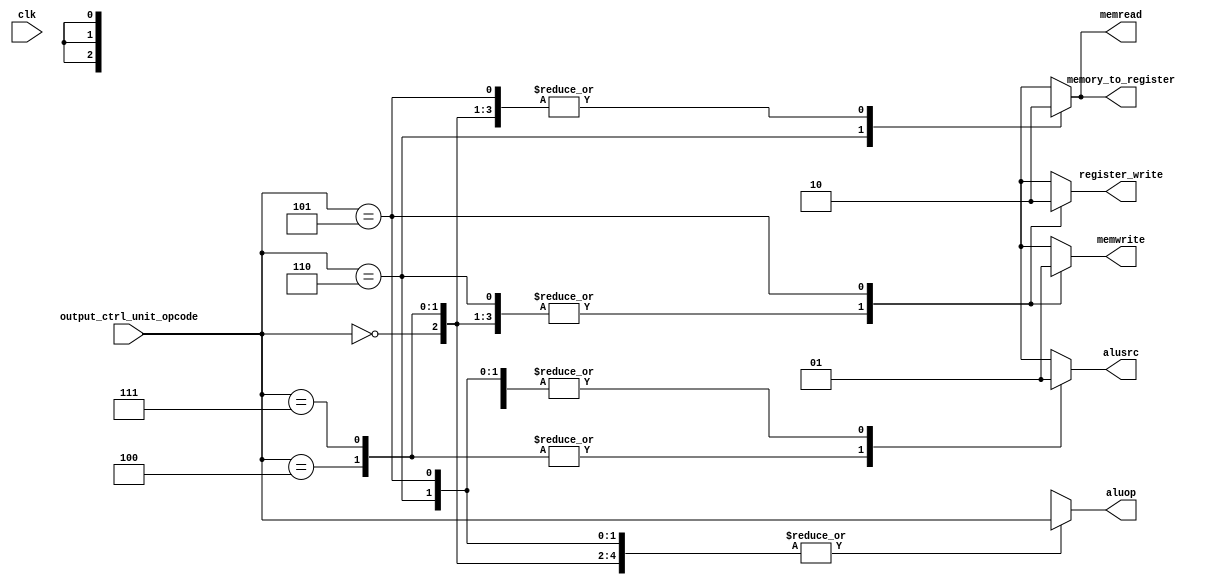
`timescale 1ns / 1ps

module control_unit(
    input clk,
    input [2:0] output_ctrl_unit_opcode,
    //output reg register_destination,   // we need to change if this doesnt work from [0] to just output reg register_destination
    output reg register_write,
    output reg memory_to_register,
    output reg [2:0] aluop,
    output reg memread,
    output reg memwrite,
    output reg alusrc
);

//initial begin
//    //register_destination = 1'b0;
//    register_write = 1'b0;
//    aluop = 3'b000; 
//    memread = 1'b0;
//    memwrite = 1'b0;
//    memory_to_register = 1'b0;
//    alusrc = 1'b0;
//end

always @(*) begin
    case(output_ctrl_unit_opcode[2:0]) 
    // ADD
        3'b000:
            begin
                //register_destination = 1'b0;
			    register_write = 1'b1;
                aluop = output_ctrl_unit_opcode; 
                memread = 1'b0;
                memwrite = 1'b0;
			    memory_to_register = 1'b0;
			    alusrc = 1'b1;
            end
        //ADDI
         3'b100:
            begin
                //register_destination = 1'b0;
			    register_write = 1'b1;
                aluop = output_ctrl_unit_opcode; 
                memread = 1'b0;
                memwrite = 1'b0;
			    memory_to_register = 1'b0;
			    alusrc = 1'b0;
            end
        //  SHIFT LEFT LOGICAL
         3'b111:
            begin
                //register_destination = 1'b1;
			    register_write = 1'b1;
                aluop = output_ctrl_unit_opcode; 
                memread = 1'b0;
                memwrite = 1'b0;
			    memory_to_register = 1'b0;
			    alusrc = 1'b0;
            end
         //ADDI

        // LOAD WORD
        3'b110:
            begin
                //register_destination = 1'b0;
			    register_write = 1'b1;
                aluop = output_ctrl_unit_opcode; 
                memread = 1'b1;
                memwrite = 1'b0;
			    memory_to_register = 1'b1;
			    alusrc = 1'b1;
            end
        // STORE WORD
        3'b101:
            begin
			 //register_destination = 1'b0;
			 register_write = 1'b0;
             aluop = output_ctrl_unit_opcode; 
             memread = 1'b0;
             memwrite = 1'b1;
			 memory_to_register = 1'b0;
			 alusrc = 1'b1;
            end
         default: begin
             register_write = 1'bX;
             aluop = 3'bXXX; 
             memread = 1'bX;
             memwrite = 1'bX;
			 memory_to_register = 1'bX;
			 alusrc = 1'bX;
            end
    endcase
end

endmodule